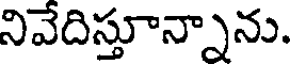
నివేదిస్తూన్నాను.